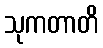
သုကတာတိ